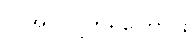
လိုအပ်လျက်ရှိကြောင်း